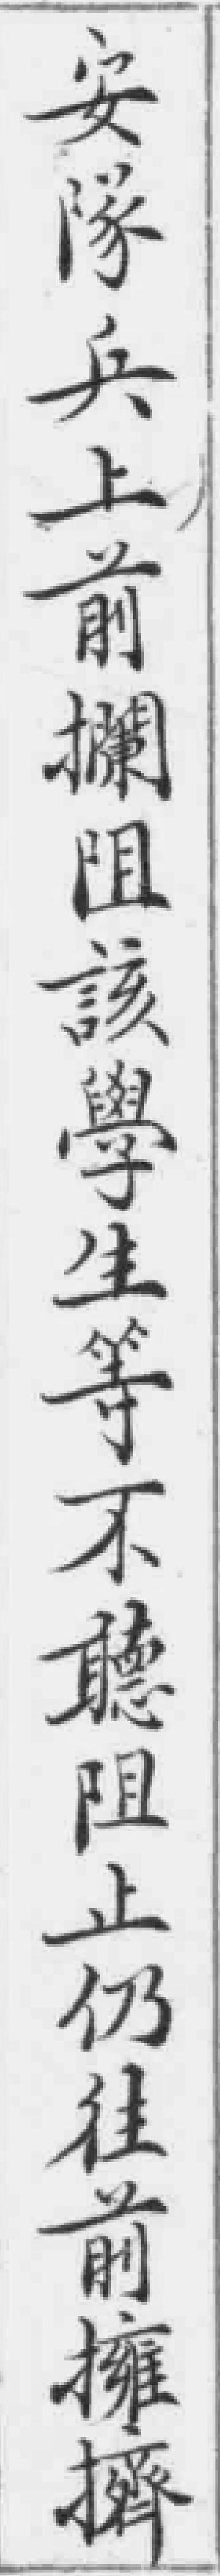
安隊兵上前攔阻該學生等不聽阻止仍往前擁擠